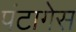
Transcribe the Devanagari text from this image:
पंटागेस